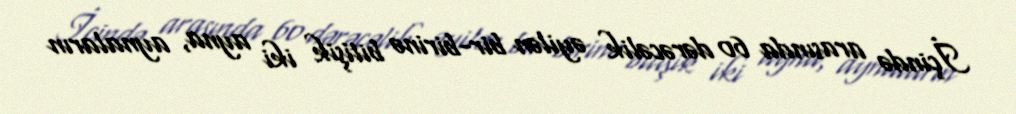
İçində arasında 60 dərəcəlik əyilən bir-birinə bitişik iki ayna, aynaların